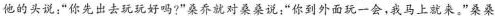
他的头说：”你先出去玩玩好吗?”桑乔就对桑桑说：”你到外面玩一会，我马上就来。”桑桑